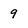
Character: 9